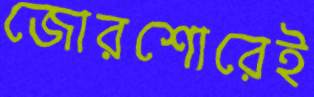
জোরশোরেই